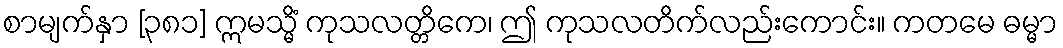
စာမျက်နှာ [၃၈၁] ဣမသ္မိံ ကုသလတ္တိကေ၊ ဤ ကုသလတိက်လည်းကောင်း။ ကတမေ ဓမ္မာ